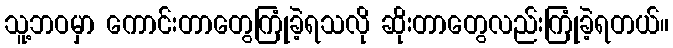
သူ့ဘဝမှာ ကောင်းတာတွေကြုံခဲ့ရသလို ဆိုးတာတွေလည်းကြုံခဲ့ရတယ်။